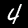
Digit: 4